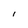
Character: I